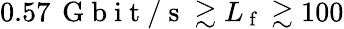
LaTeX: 0.57\, \mathrm{~G~b~i~t~/~s~}\gtrsim L_{\mathrm{~f~}}\gtrsim 100